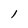
Character: l